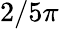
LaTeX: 2/5\pi